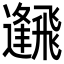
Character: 𩙹